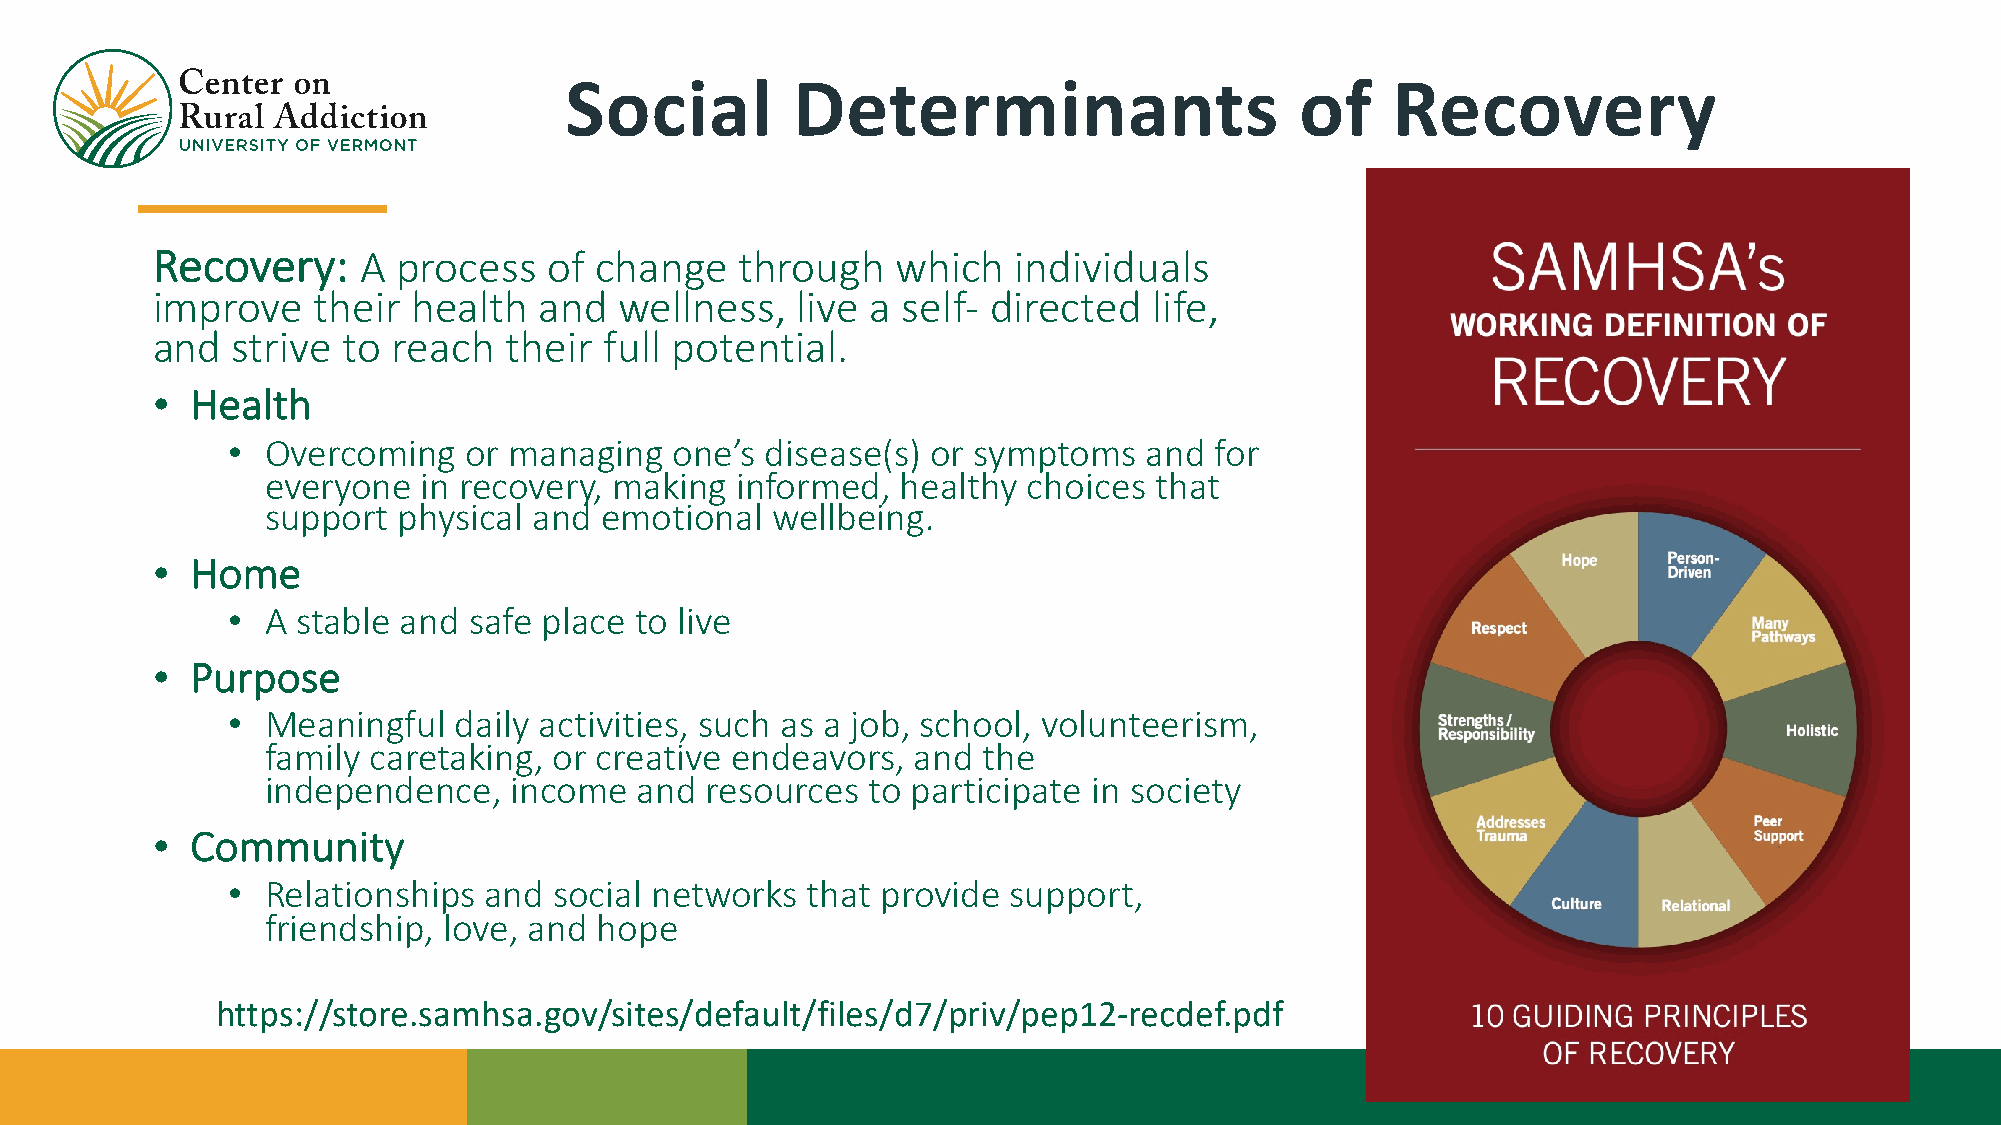
Social         Determinants                      of    Recovery
 Recovery:     A process   of change    through   which   individuals
 improve    their health   and  wellness,   live a self- directed  life,
 and  strive  to reach  their  full potential.
 •  Health
 •  Overcoming   or managing   one’s disease(s) or symptoms   and for
 everyone  in recovery, making  informed,  healthy choices that
 support physical and  emotional  wellbeing.
 •  Home
 •  A stable and safe place to live
 •  Purpose
 •  Meaningful  daily activities, such as a job, school, volunteerism,
 family caretaking, or creative endeavors, and  the
 independence,   income  and  resources to participate in society
 •  Community
 •  Relationships and  social networks that provide  support,
 friendship, love, and hope
 https://store.samhsa.gov/sites/default/files/d7/priv/pep12-recdef.pdf
 51